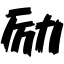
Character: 励